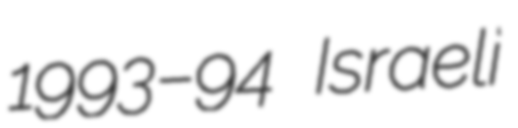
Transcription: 1993–94 Israeli